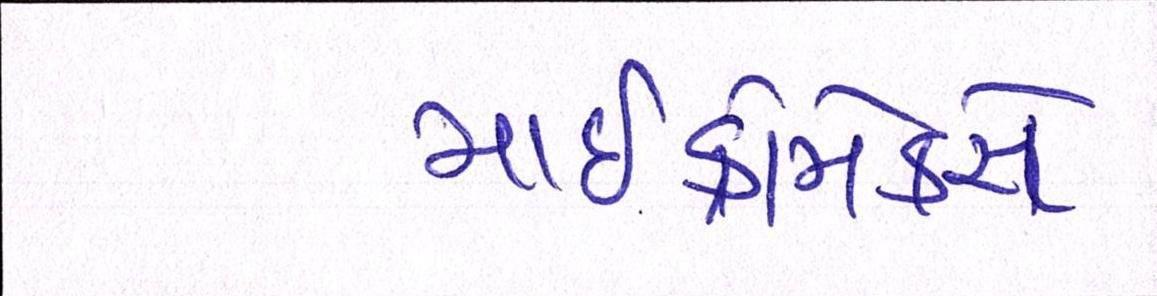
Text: માઈક્રોમેક્સે